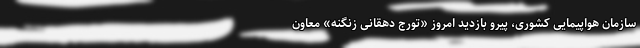
سازمان هواپیمایی کشوری، پیرو بازدید امروز «تورج دهقانی زنگنه» معاون